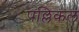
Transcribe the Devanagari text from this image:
पल्लिकल